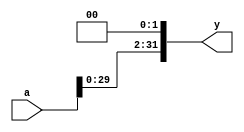
`ifndef SHIFT_LEFT_2
`define SHIFT_LEFT_2

//The left shift by 2 places means multiplication by 4

module Shift_Left_2(
  input  [31:0] a,
  output [31:0] y
);
  //assign y = {a[29:01], 2'b00};
  assign y = a << 2;
endmodule

  `endif